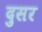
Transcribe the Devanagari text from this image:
दुसर